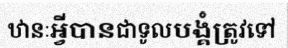
ឋានៈអ្វីបានជាទូលបង្គំត្រូវទៅ